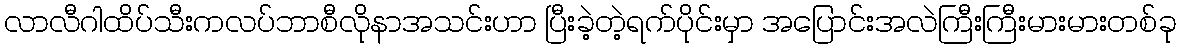
လာလီဂါထိပ်သီးကလပ်ဘာစီလိုနာအသင်းဟာ ပြီးခဲ့တဲ့ရက်ပိုင်းမှာ အပြောင်းအလဲကြီးကြီးမားမားတစ်ခု